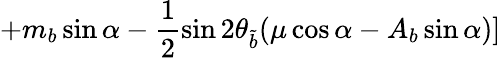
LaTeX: +m_{b}\sin\alpha-\frac{1}{2}\sin 2\theta_{\widetilde{b}}(\mu\cos\alpha-A_{b}\sin\alpha)]